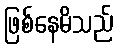
ဖြစ်နေမိသည်